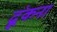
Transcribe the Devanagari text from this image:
ढ़ूंकना